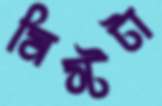
মিস্টটা